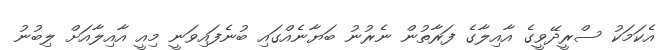
އެކަމަކު ސްރީދޭވީގެ އާއިލާގެ ފަރާތުން ނެރުނު ބަޔާނެއްގައި ބުނެފައިވަނީ މިއީ އާއިލާއަށް ލިބުނު